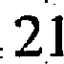
21